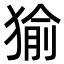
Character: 㺄